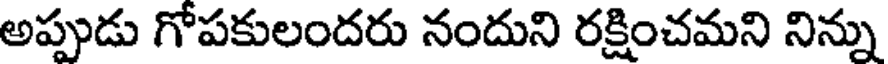
అప్పుడు గోపకులందరు నందుని రక్షించమని నిన్ను